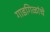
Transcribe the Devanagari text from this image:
गाडगिळांचे